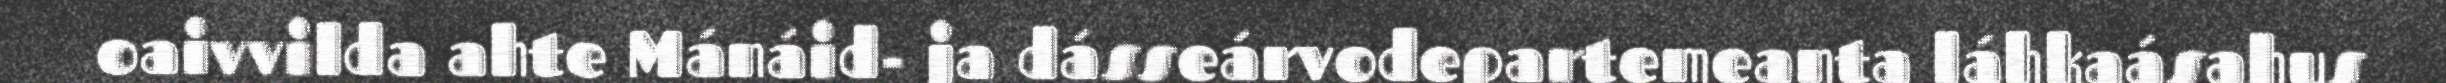
oaivvilda ahte Mánáid- ja dásseárvodepartemeanta láhkaásahus